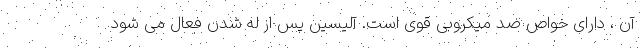
آن ، دارای خواص ضد میکروبی قوی است. آلیسین پس از له شدن فعال می شود